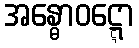
အန္ဓောဝဋ္ဋော